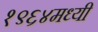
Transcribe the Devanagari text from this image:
१९६४मध्यी